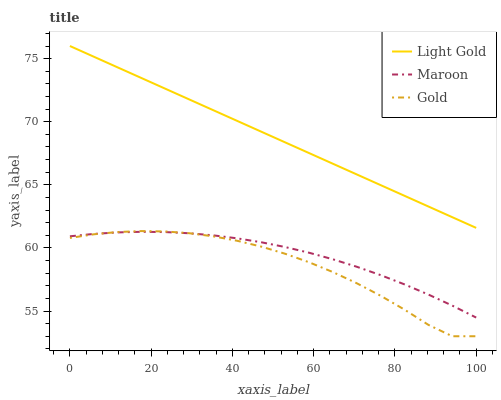
| xaxis_label | Light Gold | Maroon | Gold |
 | --- | --- | --- | --- |
 | 0 | 76 | 60.9 | 60.8 |
 | 5.88 | 75.2 | 61.1 | 61.1 |
 | 11.8 | 74.3 | 61.2 | 61.3 |
 | 17.6 | 73.5 | 61.3 | 61.3 |
 | 23.5 | 72.6 | 61.3 | 61.3 |
 | 29.4 | 71.8 | 61.2 | 61.2 |
 | 35.3 | 70.9 | 61 | 60.9 |
 | 41.2 | 70.1 | 60.8 | 60.6 |
 | 47.1 | 69.2 | 60.5 | 60.1 |
 | 52.9 | 68.4 | 60.1 | 59.5 |
 | 58.8 | 67.5 | 59.6 | 58.9 |
 | 64.7 | 66.7 | 59.1 | 58.1 |
 | 70.6 | 65.8 | 58.5 | 57.2 |
 | 76.5 | 65 | 57.8 | 56.2 |
 | 82.4 | 64.1 | 57.1 | 55.1 |
 | 88.2 | 63.3 | 56.3 | 53.9 |
 | 94.1 | 62.4 | 55.4 | 53 |
 | 100 | 61.6 | 54.5 | 53 |